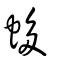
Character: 蛥